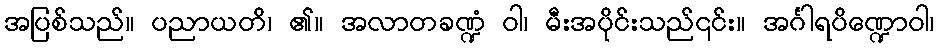
အပြစ်သည်။ ပညာယတိ၊ ၏။ အလာတခဏ္ဍံ ဝါ၊ မီးအပိုင်းသည်၎င်း။ အင်္ဂါရပိဏ္ဍောဝါ၊